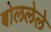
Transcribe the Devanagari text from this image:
बोललेले